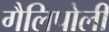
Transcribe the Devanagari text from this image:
गैलिपोली